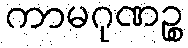
ကာမဂုဏဉ္စ